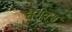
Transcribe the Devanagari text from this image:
वैसेक्स